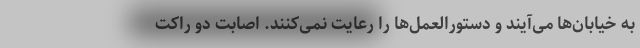
به خیابان‌ها می‌آیند و دستورالعمل‌ها را رعایت نمی‌کنند. اصابت دو راکت